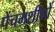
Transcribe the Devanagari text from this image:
पेंचमशीनों